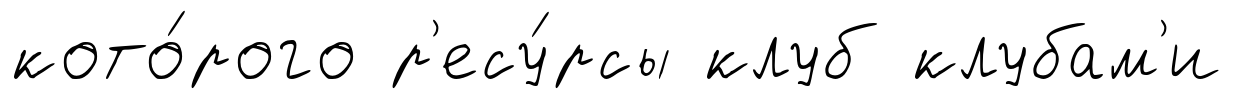
кото́рого р'есу́рсы клуб клубам'и